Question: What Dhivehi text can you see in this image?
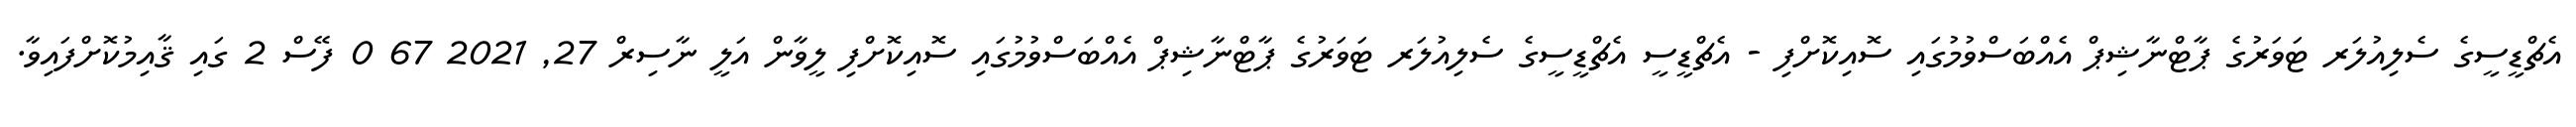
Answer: އެޗްޑީސީގެ ސެލިއުލަރ ޓަވަރުގެ ޕާޓްނާޝިޕް އެއްބަސްވުމުގައި ސޮއިކޮށްފި - އެޗްޑީސީ އެޗްޑީސީގެ ސެލިއުލަރ ޓަވަރުގެ ޕާޓްނާޝިޕް އެއްބަސްވުމުގައި ސޮއިކޮށްފި ލީވާން އަލީ ނާސިރް 27, 2021 67 0 ފޭސް 2 ގައި ޤާއިމުކޮށްފައިވާ.